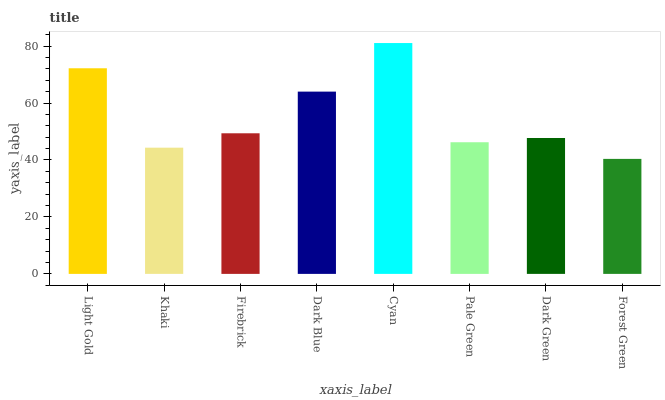
| xaxis_label | bars |
 | --- | --- |
 | Light Gold | 72.2 |
 | Khaki | 44.3 |
 | Firebrick | 49.4 |
 | Dark Blue | 64 |
 | Cyan | 81.1 |
 | Pale Green | 46.2 |
 | Dark Green | 47.7 |
 | Forest Green | 40.4 |